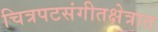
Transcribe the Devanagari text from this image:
चित्रपटसंगीतक्षेत्रात